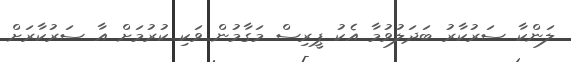
ލަންކާ ސަރުކާރު ބަދަލުވުމާ އެކު ޕީރިސް މަގާމުން ވަކި ކުރުމަށް އާ ސަރުކާރަށް